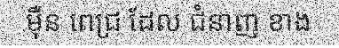
ម៉ឺន ពេជ្រ ដែល ជំនាញ ខាង